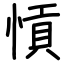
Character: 愩